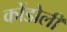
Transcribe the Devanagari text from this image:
कोंडोली